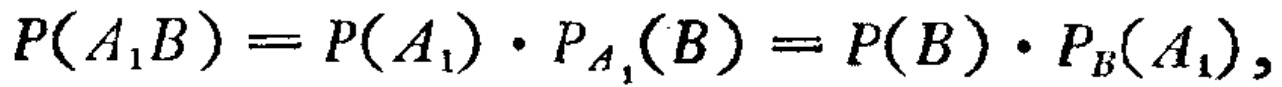
\(P(A_{1}B)=P(A_{1})\cdot P_{A_{1}}(B)=P(B)\cdot P_{B}(A_{1}),\)